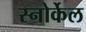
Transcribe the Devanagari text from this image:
स्नोर्केल